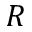
R